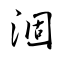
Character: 涸